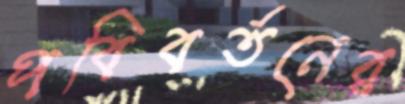
পবিবর্তনের